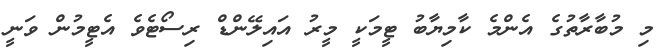
މި މުބާރާތުގެ އެންމެ ކާމިޔާބު ޓީމަކީ މީރު އައިލޭންޑް ރިސޯޓެވެ އެޓީމުން ވަނީ